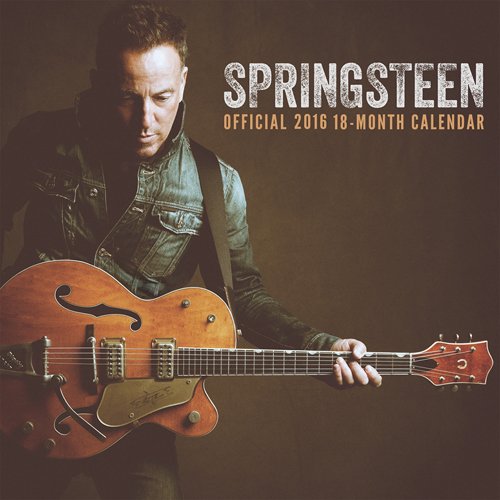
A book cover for Bruce Springsteen 2016 Square 12x12 Live Nation (Multilingual Edition); Browntrout Publishers; Calendars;